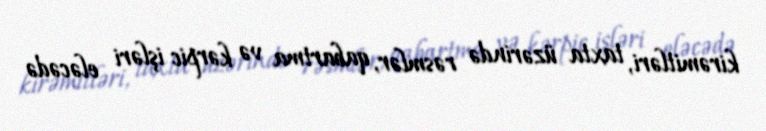
kirəmitləri, taxta üzərində rəsmlər, qabartma və kərpic işləri eləcədə